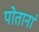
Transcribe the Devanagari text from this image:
पोतानां